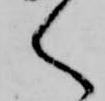
く